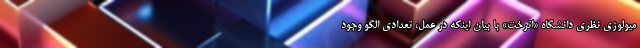
میولوژی نظری دانشگاه «اترخت» با بیان اینکه در عمل، تعدادی الگو وجود